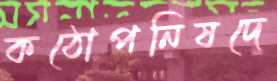
কঠোপনিষদে